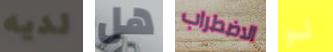
لديه هل الاضطراب لو